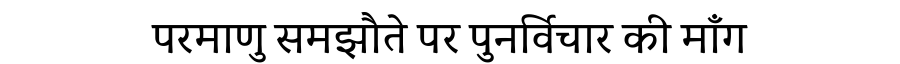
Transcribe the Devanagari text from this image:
परमाणु समझौते पर पुनर्विचार की माँग